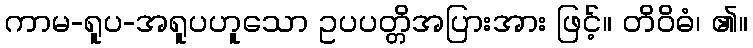
ကာမ-ရူပ-အရူပဟူသော ဥပပတ္တိအပြားအား ဖြင့်။ တိဝိဓံ၊ ၏။